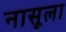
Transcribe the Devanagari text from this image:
नासूला